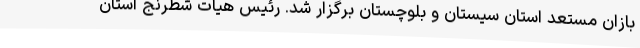
بازان مستعد استان سیستان و بلوچستان برگزار شد. رئیس هیات شطرنج استان